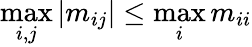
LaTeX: \operatorname*{max}_{i,j}\left|m_{ij}\right|\leq\operatorname*{max}_{i}m_{ii}